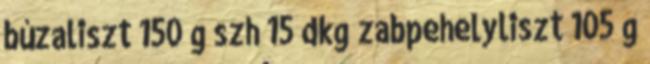
búzaliszt 150 g szh 15 dkg zabpehelyliszt 105 g